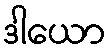
ဒါယော